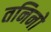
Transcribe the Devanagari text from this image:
तनिनो